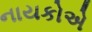
નાયકોએ